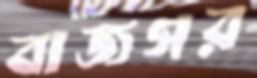
বাজগর